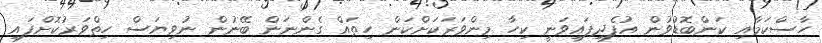
ހާސްކަމާއި ކަންބޮޑުވުން އުފެދިފައިވަނީ ކިހާ މިންވަރަކަށްކަން ހިތައް ގެންނަން ބޭނުން ނުވިޔަސް ހިތްވަރުކޮށްފައި